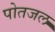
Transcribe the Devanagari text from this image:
पोतजल